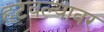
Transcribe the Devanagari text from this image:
हटवल्यावर